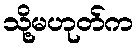
သို့မဟုတ်က